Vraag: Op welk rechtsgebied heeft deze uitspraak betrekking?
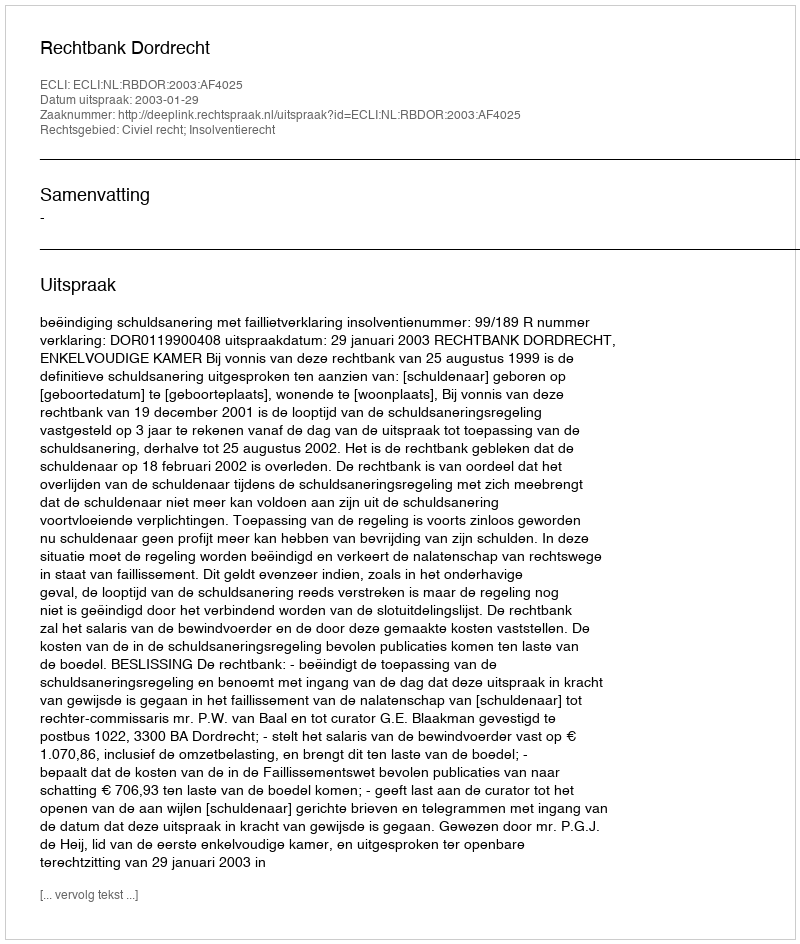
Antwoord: Civiel recht; Insolventierecht